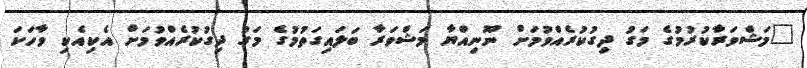
"މަޝްވަރާކުރުމުގެ މަގު ދިގުކުރެއްވުމަށް ނޫނިއްޔާ މަޝްވަރާ ބަލައިގަތުމުގެ މަގު ދިގުކުރެއްވުމަށް އެކިއެކި ވާހަކަ